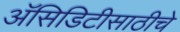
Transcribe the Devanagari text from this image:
अॅसिडिटीसाठीचे